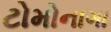
ટોમોનાગા